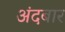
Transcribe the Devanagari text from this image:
अंदबार